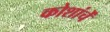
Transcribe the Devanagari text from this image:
कोशांचें